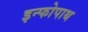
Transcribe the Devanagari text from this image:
इन्फोपाथ